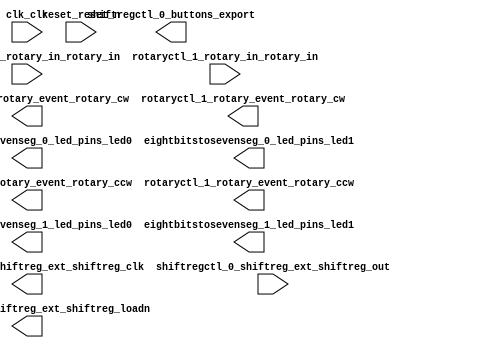

module rotary_hex (
	clk_clk,
	eightbitstosevenseg_0_led_pins_led0,
	eightbitstosevenseg_0_led_pins_led1,
	reset_reset_n,
	rotaryctl_0_rotary_event_rotary_cw,
	rotaryctl_0_rotary_event_rotary_ccw,
	rotaryctl_0_rotary_in_rotary_in,
	rotaryctl_1_rotary_in_rotary_in,
	rotaryctl_1_rotary_event_rotary_cw,
	rotaryctl_1_rotary_event_rotary_ccw,
	shiftregctl_0_buttons_export,
	shiftregctl_0_shiftreg_ext_shiftreg_clk,
	shiftregctl_0_shiftreg_ext_shiftreg_loadn,
	shiftregctl_0_shiftreg_ext_shiftreg_out,
	eightbitstosevenseg_1_led_pins_led0,
	eightbitstosevenseg_1_led_pins_led1);	

	input		clk_clk;
	output	[6:0]	eightbitstosevenseg_0_led_pins_led0;
	output	[6:0]	eightbitstosevenseg_0_led_pins_led1;
	input		reset_reset_n;
	output		rotaryctl_0_rotary_event_rotary_cw;
	output		rotaryctl_0_rotary_event_rotary_ccw;
	input	[1:0]	rotaryctl_0_rotary_in_rotary_in;
	input	[1:0]	rotaryctl_1_rotary_in_rotary_in;
	output		rotaryctl_1_rotary_event_rotary_cw;
	output		rotaryctl_1_rotary_event_rotary_ccw;
	output	[15:0]	shiftregctl_0_buttons_export;
	output		shiftregctl_0_shiftreg_ext_shiftreg_clk;
	output		shiftregctl_0_shiftreg_ext_shiftreg_loadn;
	input		shiftregctl_0_shiftreg_ext_shiftreg_out;
	output	[6:0]	eightbitstosevenseg_1_led_pins_led0;
	output	[6:0]	eightbitstosevenseg_1_led_pins_led1;
endmodule